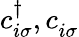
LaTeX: c_{i\sigma}^{\dagger},c_{i\sigma}^{\vphantom\dagger}